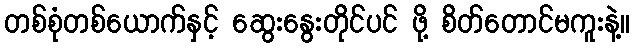
တစ်စုံတစ်ယောက်နှင့် ဆွေးနွေးတိုင်ပင် ဖို့ စိတ်တောင်မကူးနဲ့။